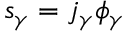
\begin{array} { r } { s _ { \gamma } = j _ { \gamma } \phi _ { \gamma } } \end{array}